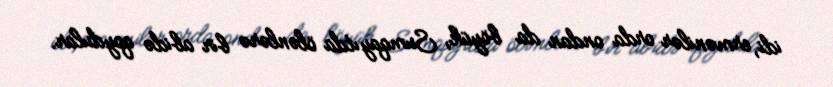
idi, ermənilər orda ondan da böyük, Sumqayıtda ölənlərə bir abidə qoydular.